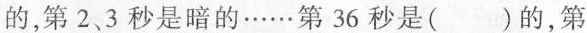
的，第2、3秒是暗的……第36秒是( )的，第